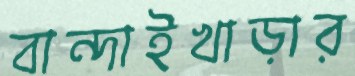
বান্দাইখাড়ার